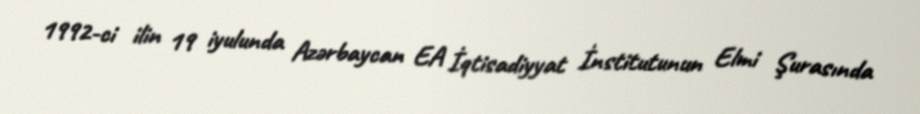
1992-ci ilin 19 iyulunda Azərbaycan EA İqtisadiyyat İnstitutunun Elmi Şurasında